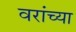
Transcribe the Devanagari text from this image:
वरांच्या